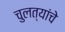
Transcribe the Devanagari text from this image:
चुलत्यांचे